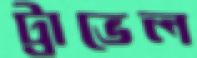
ট্রাভেল